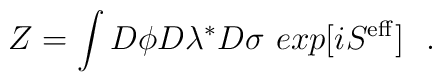
Z=\int D\phi D\lambda ^* D\sigma \,\, exp [iS^{\rm eff}]\,\,\,\, .